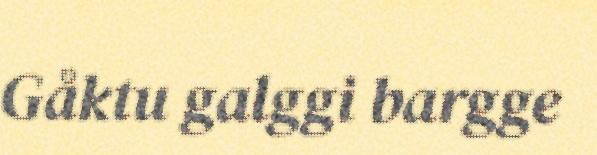
Gåktu galggi bargge